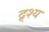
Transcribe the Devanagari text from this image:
द्र्श्य